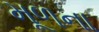
મૂળના